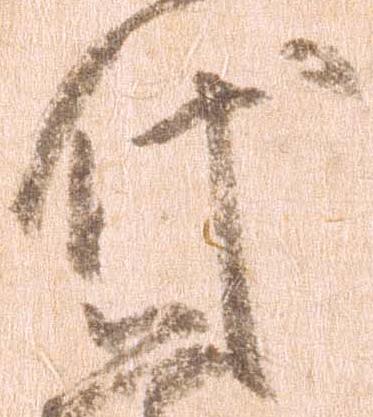
代